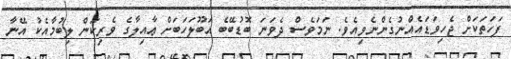
ފަހަތަކަށް ޖެހިވަޑައެއްނުގެންނެވިއެވެ. ނަމަވެސް ދެވަނަ ބޮޑުބޭބެ އަބޫލަހަބަށް ޢާއިލާގެ ވެރިކަން ލިބުމާއެކު އޭނާ